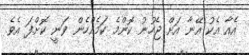
އެއާ އެކު އޭނާ އަށް ޖެހުނު ކޮންމެ ކަމެއްހެން ވަނީ ކޮށްފަ އެވެ.